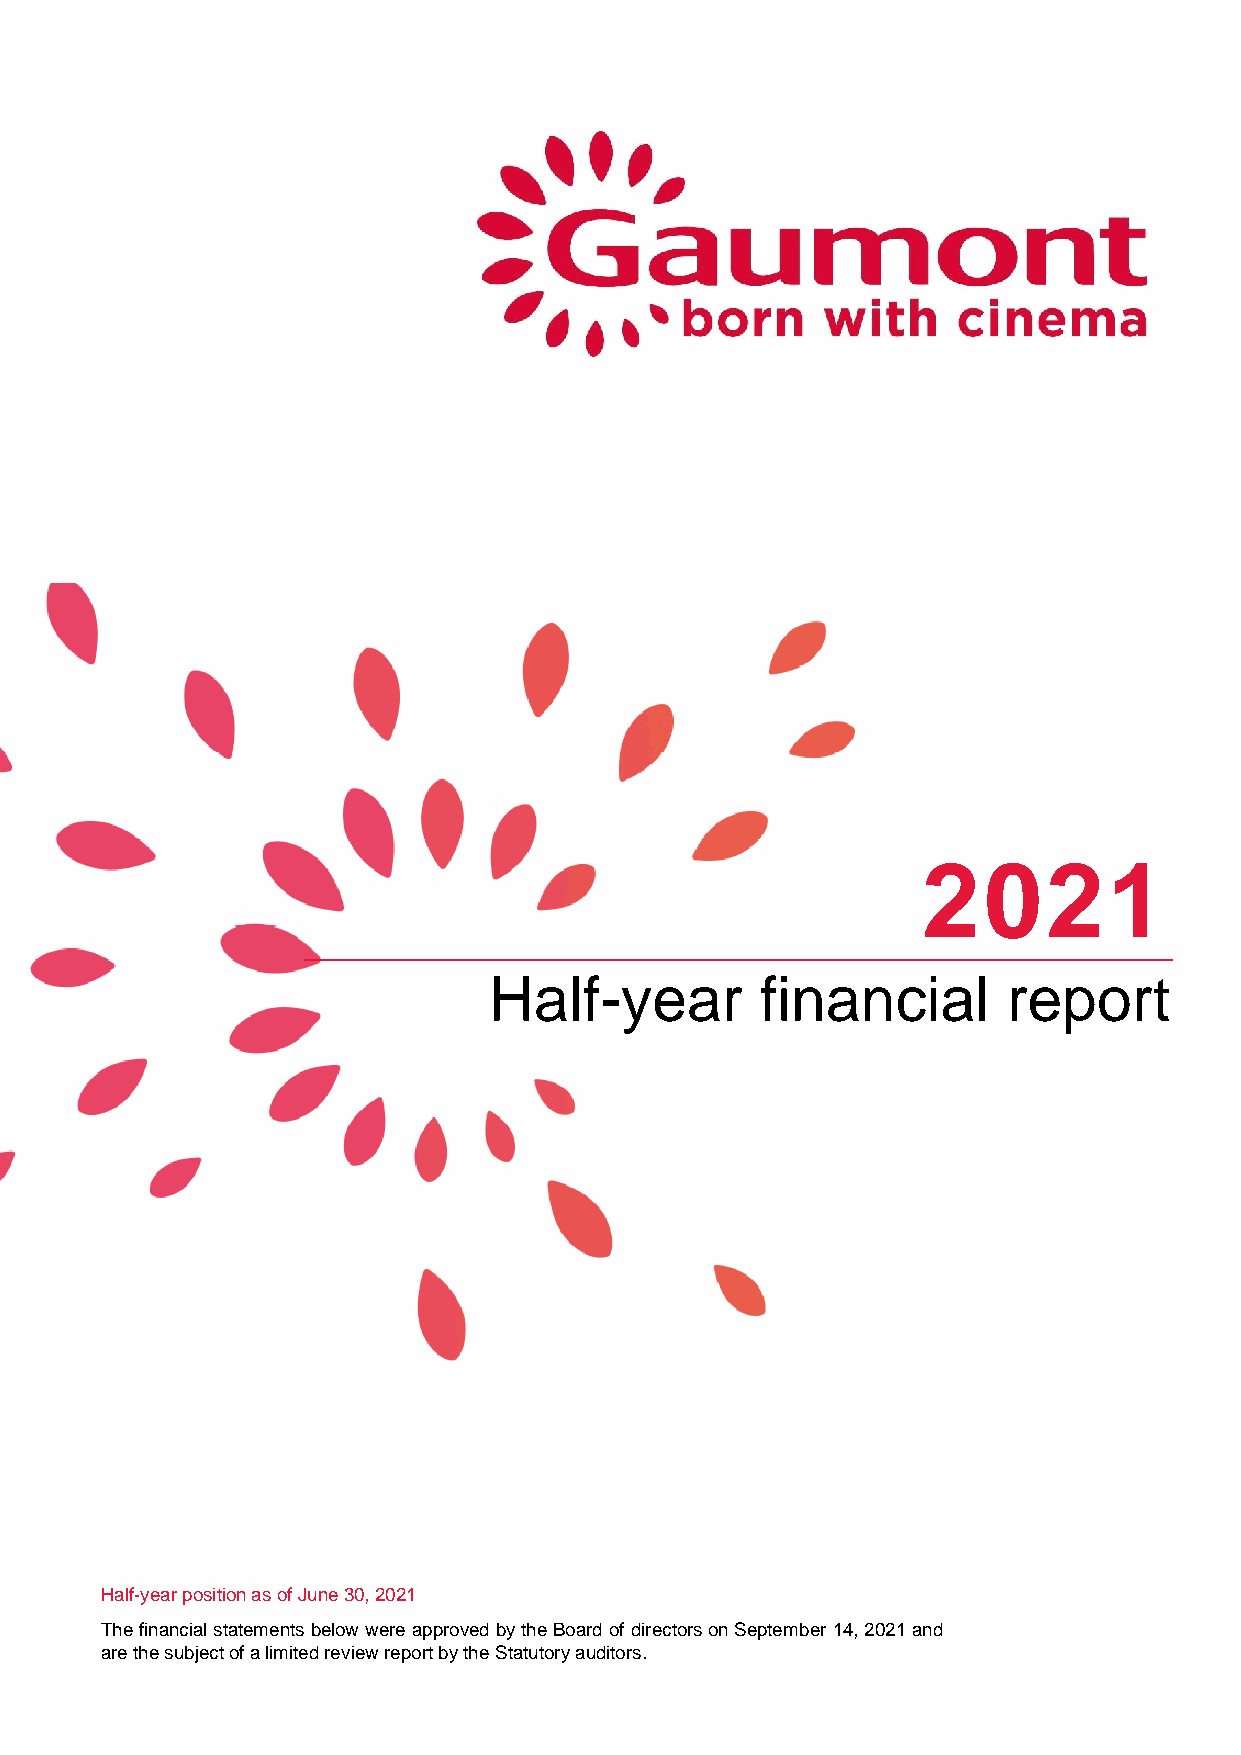
2021
 Half-year         financial        report
 Half-year position as of June 30, 2021
 The financial statements below were approved by the Board of directors on September 14, 2021 and
 are the subject of a limited review report by the Statutory auditors.